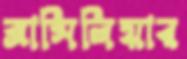
ব্রাসিলিয়ার